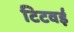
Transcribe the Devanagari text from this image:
टिटवई